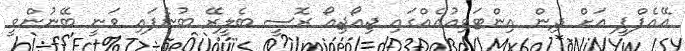
އޭއެފްޕީ އަށް ދިން އިންޓަވިއުއެއްގައި ޖިއޯޖިއޯ ރޮސީ ބެލީރޭ ބުނެފައި ވަނީ ބޭނުންވީ